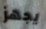
يجهز